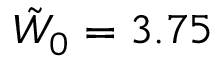
\tilde { W } _ { 0 } = 3 . 7 5